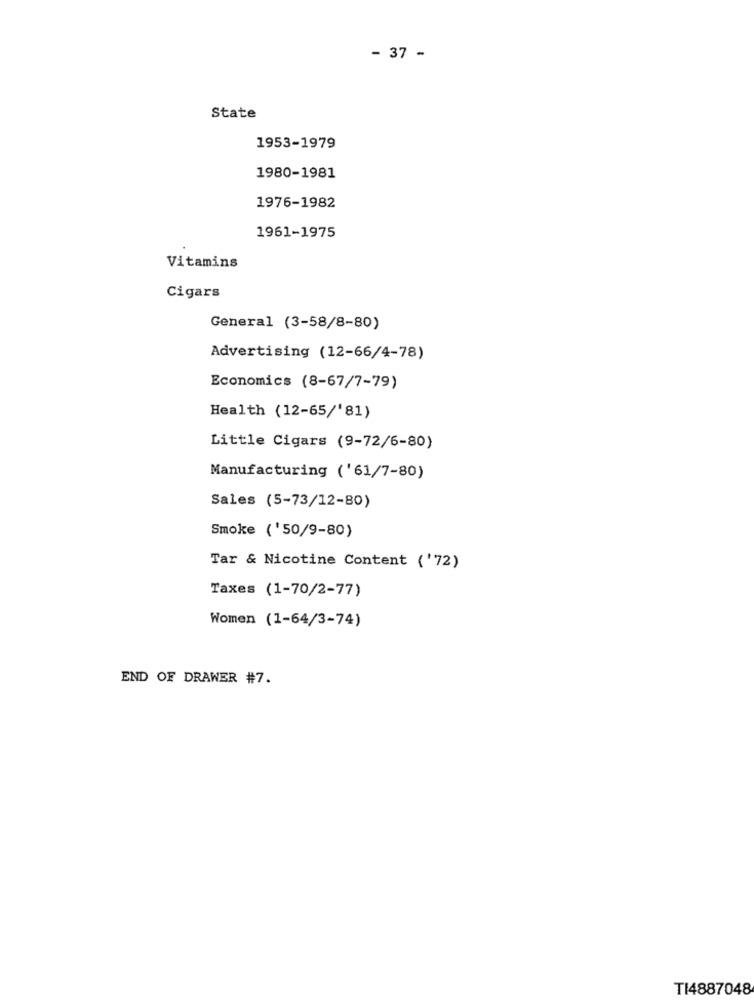
- 37 -
State
1953-1979
1980-1981
1976-1982
1961-1975
Vitamins
Cigars
General (3-58/8-80)
Advertising (12-66/4-78)
Economics (8-67/7-79)
Health (12-65/'81)
Little Cigars (9-72/6-80)
Manufacturing ('61/7-80)
Sales (5-73/12-80)
Smoke ('50/9-80)
Tar & Nicotine Content ('72)
Taxes (1-70/2-77)
Women (1-64/3-74)
END OF DRAWER #7.
TI4887048